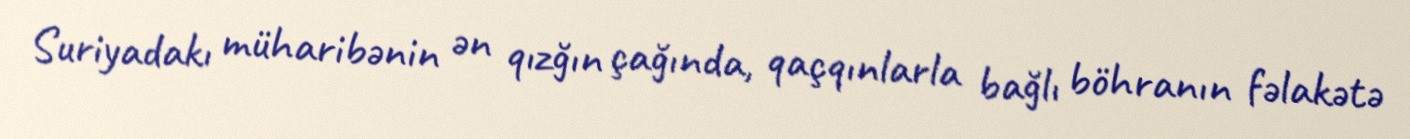
Suriyadakı müharibənin ən qızğın çağında, qaçqınlarla bağlı böhranın fəlakətə